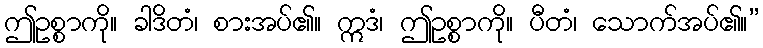
ဤဥစ္စာကို။ ခါဒိတံ၊ စားအပ်၏။ ဣဒံ၊ ဤဥစ္စာကို။ ပီတံ၊ သောက်အပ်၏။”